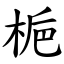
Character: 梔